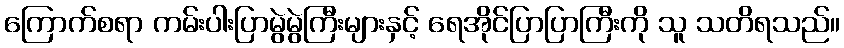
ကြောက်စရာ ကမ်းပါးပြာမွဲမွဲကြီးများနှင့် ရေအိုင်ပြာပြာကြီးကို သူ သတိရသည်။